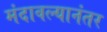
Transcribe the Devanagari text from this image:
मंदावल्यानंतर